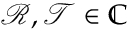
\mathcal { R } , \mathcal { T } \in \mathbb { C }